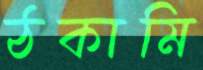
ঠকামি